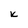
Character: K